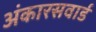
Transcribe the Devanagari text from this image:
अंकारसवार्ड